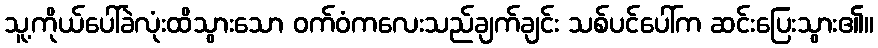
သူ့ကိုယ်ပေါ်ခဲလုံးထိသွားသော ဝက်ဝံကလေးသည်ချက်ချင်း သစ်ပင်ပေါ်က ဆင်းပြေးသွား၏။